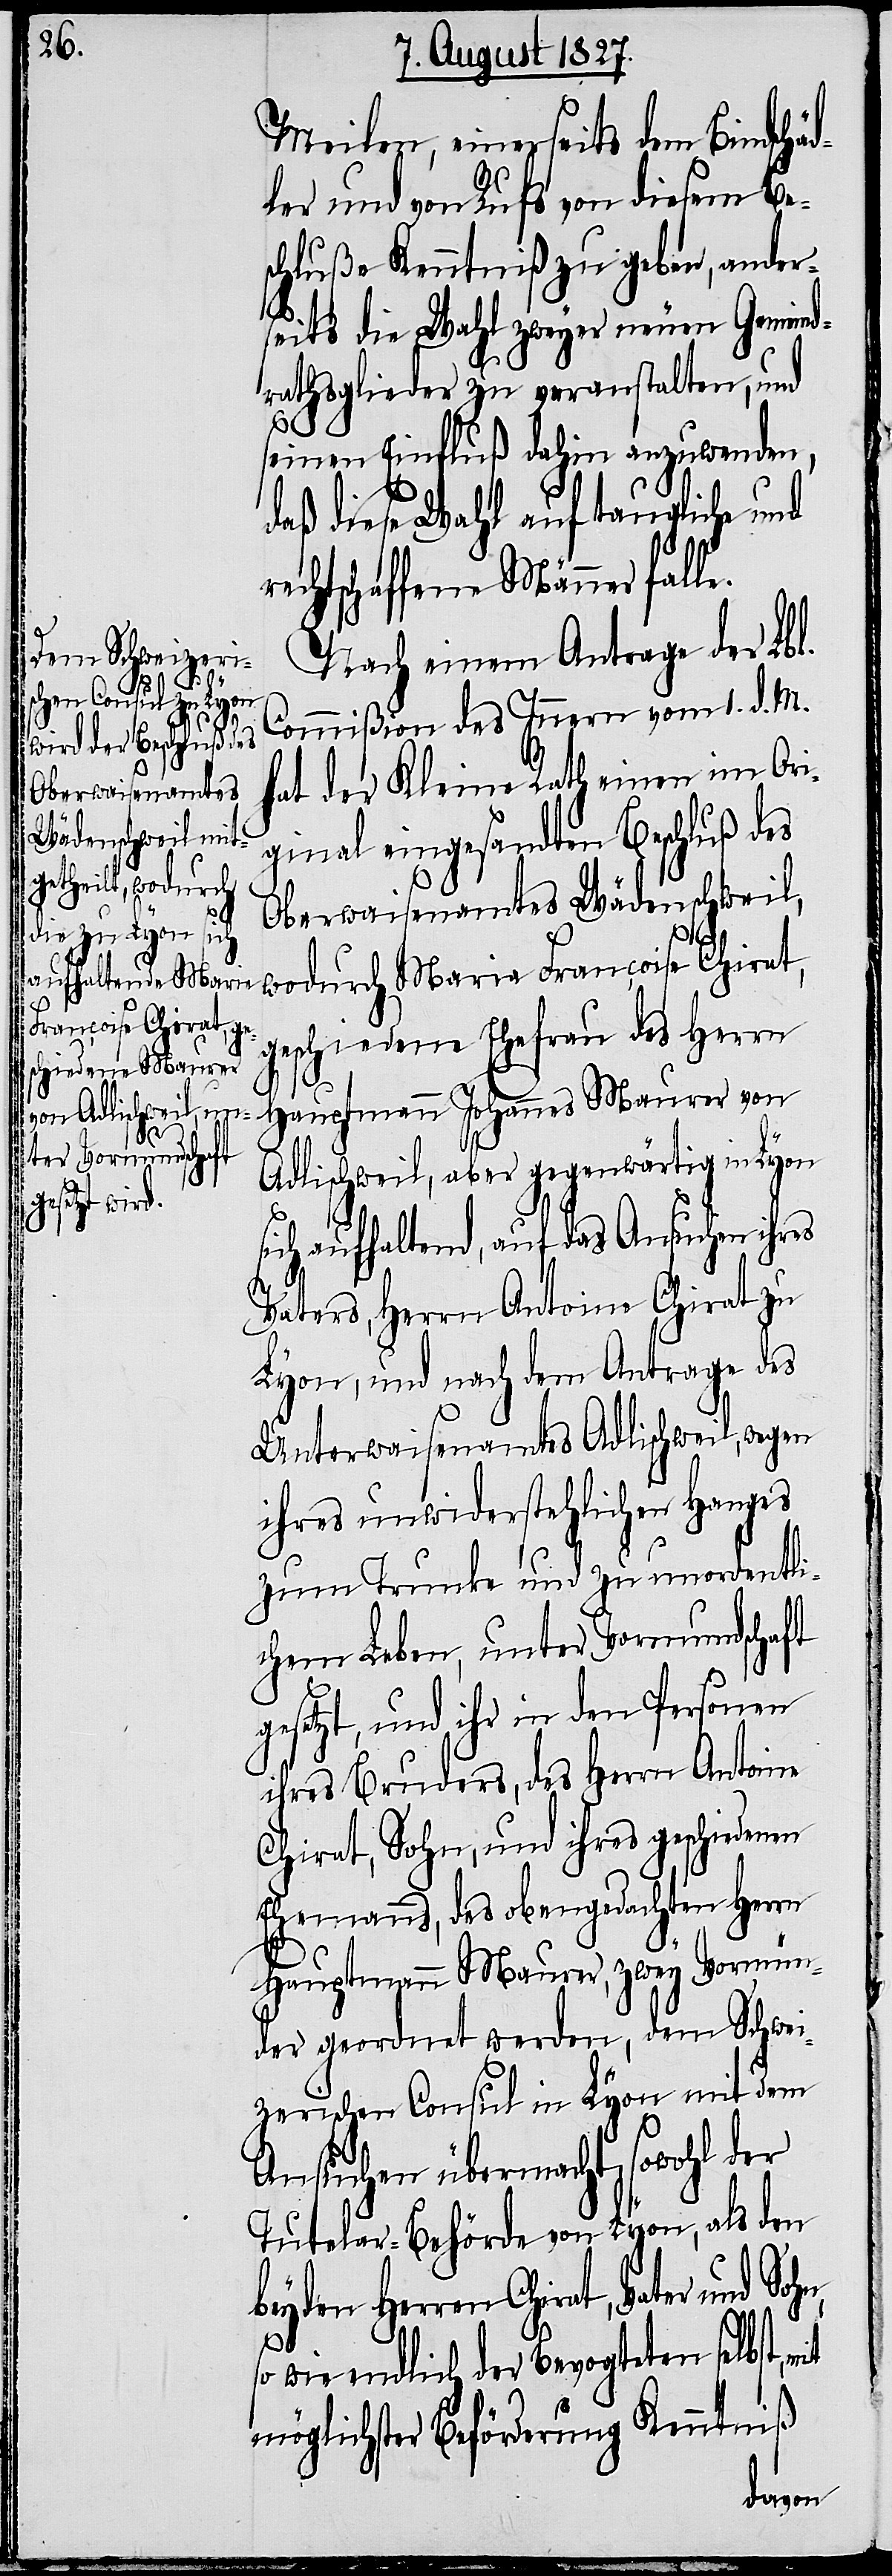
Meilen, einerseits dem Bindschä¬
dler und von Rufs von diesem Be¬
schluße Kenntniß zu geben, ander¬
seits die Wahl zweyer neuer Gemeind¬
rathsglieder zu veranstalten, und
seinen Einfluß dahin anzuwenden,
daß diese Wahl auf taugliche und
rechtschaffene Männer falle.
Nach einem Antrage der Lbl.
Commißion des Innern vom 1. d. M.
hat der Kleine Rath einen im Ori¬
ginal eingesandten Beschluß des
Oberwaisenamtes Wädenschweil,
wodurch Maria Francoise Chirat,
geschiedene Ehefrau des Herrn
Hauptmann Johannes Maurer von
Adlischweil, aber gegenwärtig in Lyon
sich aufhaltend, auf das Ansuchen ihres
Vaters, Herrn Antoine Chirat zu
Lyon, und nach dem Antrage des
Unterwaisenamtes Adlischweil, wegen
ihres unwiderstehlichen Hanges
zum Trunke und zu unordentli¬
chem Leben, unter Vormundschaft
gesetzt, und ihr in den Personen
ihres Bruders, des Herrn Antoine
Chirat, Sohn, und ihres geschiedenen
Ehemannes, des obengedachten Herrn
Hauptmann Maurer, zwey Vormün¬
der geordnet werden, dem Schwei¬
zerischen Consul in Lyon mit dem
Ansuchen übermacht, sowohl der
Tutelar-Behörde von Lyon, als den
beyden Herren Chirat, Vater
wie endlich der Bevogteten selbst,
möglichster Beförderung Kenntniß